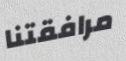
مرافقتنا